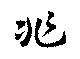
非